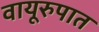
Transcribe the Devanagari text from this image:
वायूरुपात